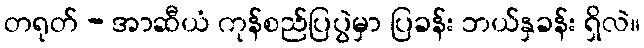
တရုတ် - အာဆီယံ ကုန်စည်ပြပွဲမှာ ပြခန်း ဘယ်နှခန်း ရှိလဲ။